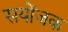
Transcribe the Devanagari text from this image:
सयोंजक